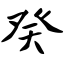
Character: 癸